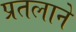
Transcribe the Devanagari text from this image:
प्रतलाने